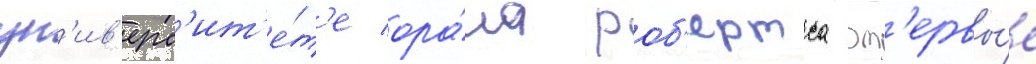
ун'ив'ерс'ит'е́т'е ора́ла роб'ертса вп'ервы́е